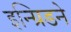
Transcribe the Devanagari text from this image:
इन्ग्रिडने